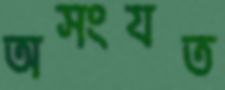
অসংযত